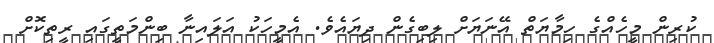
ކުރިން މީހެއްގެ ހިމާޔަތް އޭނަޔަށް ލިބިގެން ދިޔައެވެ. އެމީހަކު އަލައިނާ ބިންމަތީގައި ރީތިކޮށް